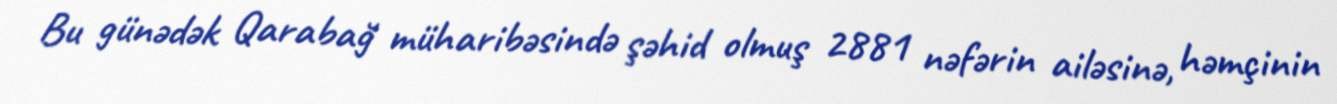
Bu günədək Qarabağ müharibəsində şəhid olmuş 2881 nəfərin ailəsinə, həmçinin